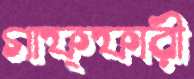
গাফ্ফারী